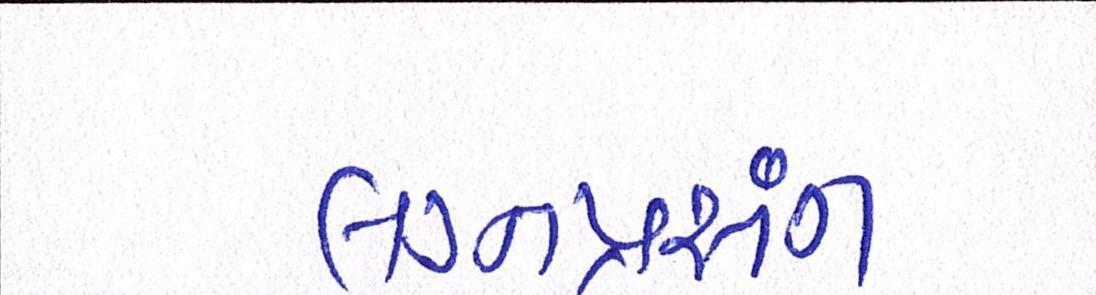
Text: લગ્નપ્રસંગ